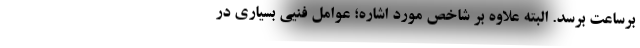
برساعت برسد. البته علاوه بر شاخص مورد اشاره؛ عوامل فنیی بسیاری در